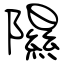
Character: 隰